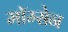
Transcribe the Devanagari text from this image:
मॉम्सेन